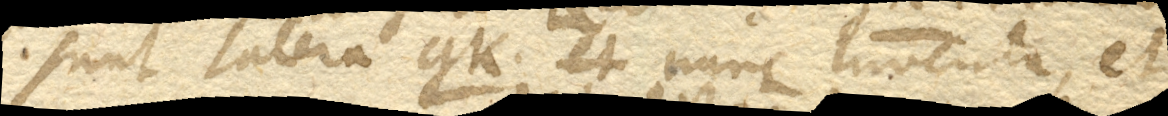
sunt latera gk. nunc inventa, et